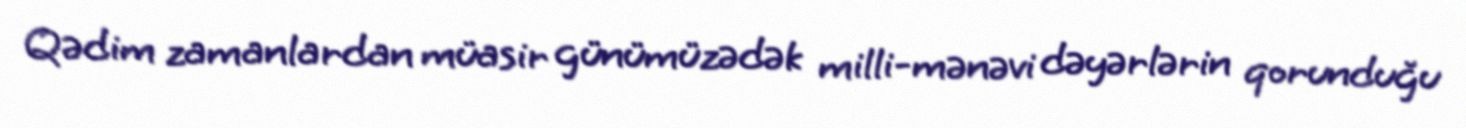
Qədim zamanlardan müasir günümüzədək milli-mənəvi dəyərlərin qorunduğu